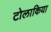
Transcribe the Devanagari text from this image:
टोलाकिया